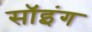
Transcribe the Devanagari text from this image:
सॉइंग